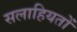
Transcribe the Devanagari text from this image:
सलाहियतों